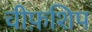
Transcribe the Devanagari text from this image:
चीफ़शिप